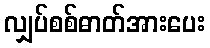
လျှပ်စစ်ဓာတ်အားပေး